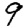
Digit: 9